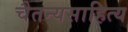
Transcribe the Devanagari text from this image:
चैतन्यसाहित्य